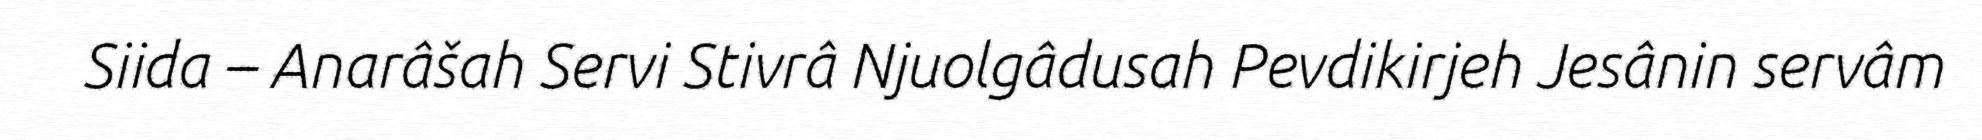
Siida – Anarâšah Servi Stivrâ Njuolgâdusah Pevdikirjeh Jesânin servâm